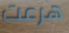
هرعت